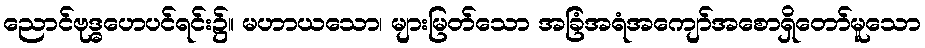
ညောင်ဗုဒ္ဓဟေပင်ရင်း၌။ မဟာယသော၊ များမြတ်သော အခြံအရံအကျော်အစောရှိတော်မူသော